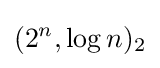
(2^{n},\log n)_{2}